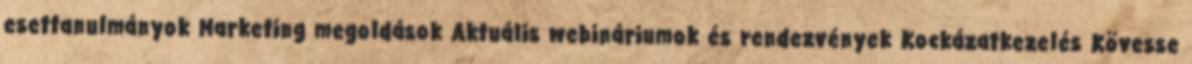
esettanulmányok Marketing megoldások Aktuális webináriumok és rendezvények Kockázatkezelés Kövesse